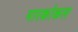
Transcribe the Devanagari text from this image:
मारकोकल